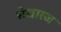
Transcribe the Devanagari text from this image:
सेखारज